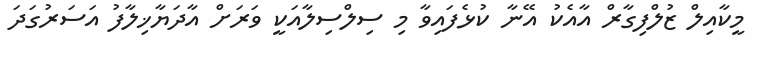
މީކާއިލް ޒުލްފިގާރް އާއެކު އޭނާ ކުޅެފައިވާ މި ސިލްސިލާއަކީ ވަރަށް އާދަޔާޚިލާފު އަސަރުގަދަ